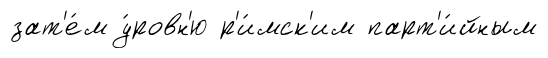
зат'е́м у́ровн'ю р'и́мск'им парт'и́йным